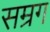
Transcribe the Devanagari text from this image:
सम्रग